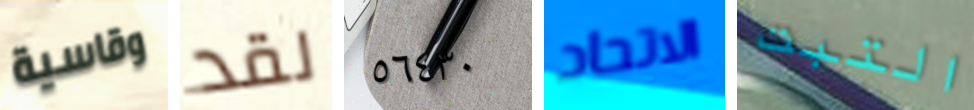
وقاسية لقد ٥٦٤٣٠ الاتحاد التبت